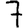
Digit: 7